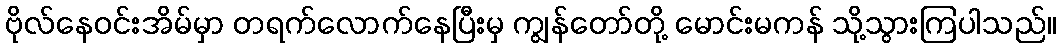
ဗိုလ်နေဝင်းအိမ်မှာ တရက်လောက်နေပြီးမှ ကျွန်တော်တို့ မောင်းမကန် သို့သွားကြပါသည်။